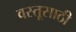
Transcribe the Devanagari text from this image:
वस्तूसाठी